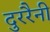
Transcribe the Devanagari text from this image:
दुररैनी